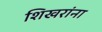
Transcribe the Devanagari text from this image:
शिखरांना